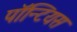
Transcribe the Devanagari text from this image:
पॉन्टियस